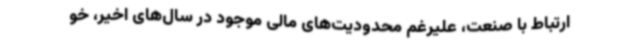
ارتباط با صنعت، علیرغم محدودیت‌های مالی موجود در سال‌های اخیر، خو